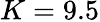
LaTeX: K=9.5